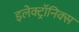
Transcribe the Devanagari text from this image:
इलेक्ट्रॉनिक्‍स